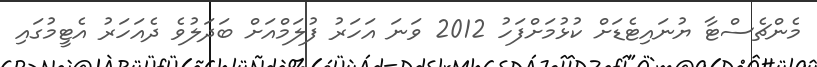
މެންޗެސްޓާ ޔުނައިޓެޑަށް ކުޅުމަށްފަހު 2012 ވަނަ އަހަރު ފުލަމްއަށް ބަދަލުވެ ދެއަހަރު އެޓީމުގައި